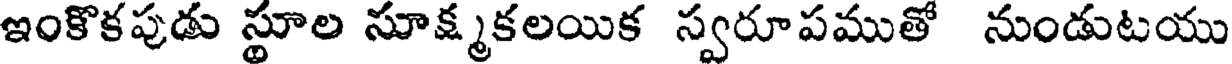
ఇంకొకపుడు స్థూల సూక్ష్మకలయిక స్వరూపముతో నుండుటయు